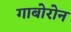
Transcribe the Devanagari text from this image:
गाबोरोन